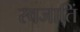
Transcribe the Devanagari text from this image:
स्वजातिं